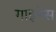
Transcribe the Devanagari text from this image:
गाइनेस